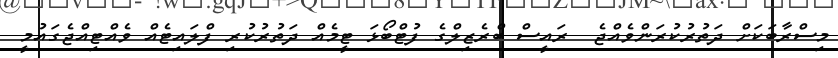
މިސްރާބަކަށް ދަތުރުކުރަންވެއްޖެ  ރައީސް ބްރެޒިލްގެ ފުޓްބޯޅަ ޓީމެއް ދަތުރުކުރި ފްލައިޓެއް ވެއްޓިއްޖެގައުމީ